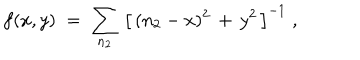
LaTeX: f ( x , y ) \; = \; \sum _ { n _ { 2 } } \, \left[ \, ( n _ { 2 } - x ) ^ { 2 } \, + \, y ^ { 2 } \, \right] ^ { - 1 } \; ,